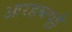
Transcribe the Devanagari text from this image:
आरडब्ल्यूई